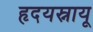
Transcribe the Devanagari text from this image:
हृदयस्नायू